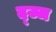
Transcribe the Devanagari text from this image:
द्ज्ज